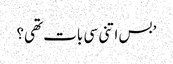
’بس اتنی سی بات تھی؟